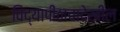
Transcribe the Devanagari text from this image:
विद्यापीठाचादेखील